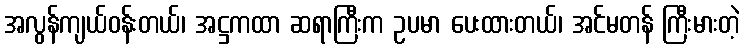
အလွန်ကျယ်ဝန်းတယ်၊ အဋ္ဌကထာ ဆရာကြီးက ဥပမာ ပေးထားတယ်၊ အင်မတန် ကြီးမားတဲ့